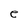
Character: e